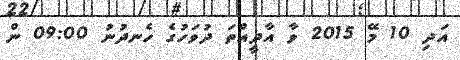
އަދި 10 މޭ 2015 ވާ އާދީއްތަ ދުވަހުގެ ހެނދުނު 09:00 ން